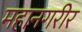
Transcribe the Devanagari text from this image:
महानगरीर